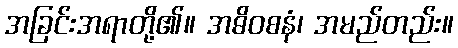
အခြင်းအရာတို့၏။ အဓိဝစနံ၊ အမည်တည်း။